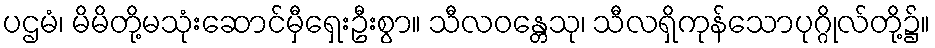
ပဌမံ၊ မိမိတို့မသုံးဆောင်မှီရှေးဦးစွာ။ သီလဝန္တေသု၊ သီလရှိကုန်သောပုဂ္ဂိုလ်တို့၌။